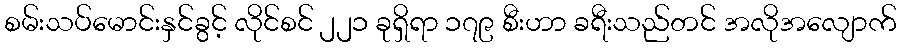
စမ်းသပ်မောင်းနှင်ခွင့် လိုင်စင် ၂၂၁ ခုရှိရာ ၁၇၉ စီးဟာ ခရီးသည်တင် အလိုအလျောက်